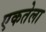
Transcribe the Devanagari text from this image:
एकतेला